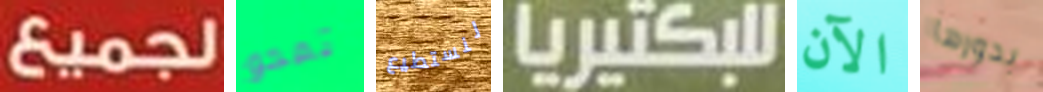
لجميع تمحو لنستطيع للبكتيريا الآن بدورها